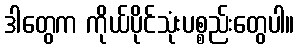
ဒါတွေက ကိုယ်ပိုင်သုံးပစ္စည်းတွေပါ။